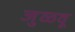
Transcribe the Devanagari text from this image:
जुळवू